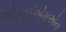
એફઈએમએના